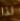
لذا